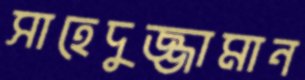
সাহেদুজ্জামান